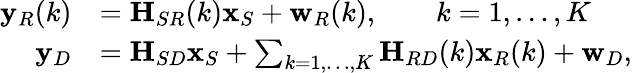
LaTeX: \begin{array}{rl}{{\mathbf y}_{R}(k)}&{={\textbf H}_{SR}(k){\mathbf x}_{S}+{\mathbf w}_{R}(k),\qquad k=1,\ldots,K}\\ {{\mathbf y}_{D}}&{={\textbf H}_{SD}{\mathbf x}_{S}+\sum_{k=1,\dots,K}{\textbf H}_{RD}(k){\mathbf x}_{R}(k)+{\mathbf w}_{D},}\end{array}